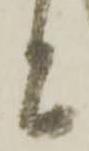
と